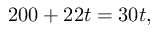
2 0 0 + 2 2 t = 3 0 t ,